画像に写った文字を読んでください
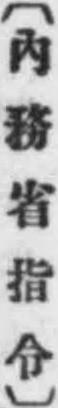
「〔內務省指令〕」と書いてあります